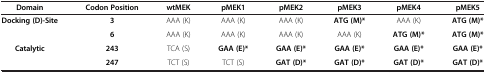
| Domain | Codon Position | wtMEK | pMEK1 | pMEK2 | pMEK3 | pMEK4 | pMEK5 |
 | --- | --- | --- | --- | --- | --- | --- | --- |
 | <ROWSPAN=2> Docking (D)-Site | 3 | AAA (K) | AAA (K) | AAA (K) | ATG (M)* | AAA (K) | ATG (M)* |
 | 6 | AAA (K) | AAA (K) | AAA (K) | AAA (K) | ATG (M)* | ATG (M)* |
 | Catalytic | 243 | TCA (S) | GAA (E)* | GAA (E)* | GAA (E)* | GAA (E)* | GAA (E)* |
 |  | 247 | TCT (S) | TCT (S) | GAT (D)* | GAT (D)* | GAT (D)* | GAT (D)* |